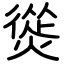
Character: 熧